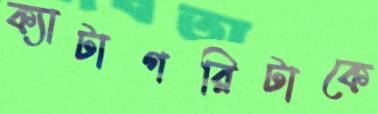
ক্যাটাগরিটাকে